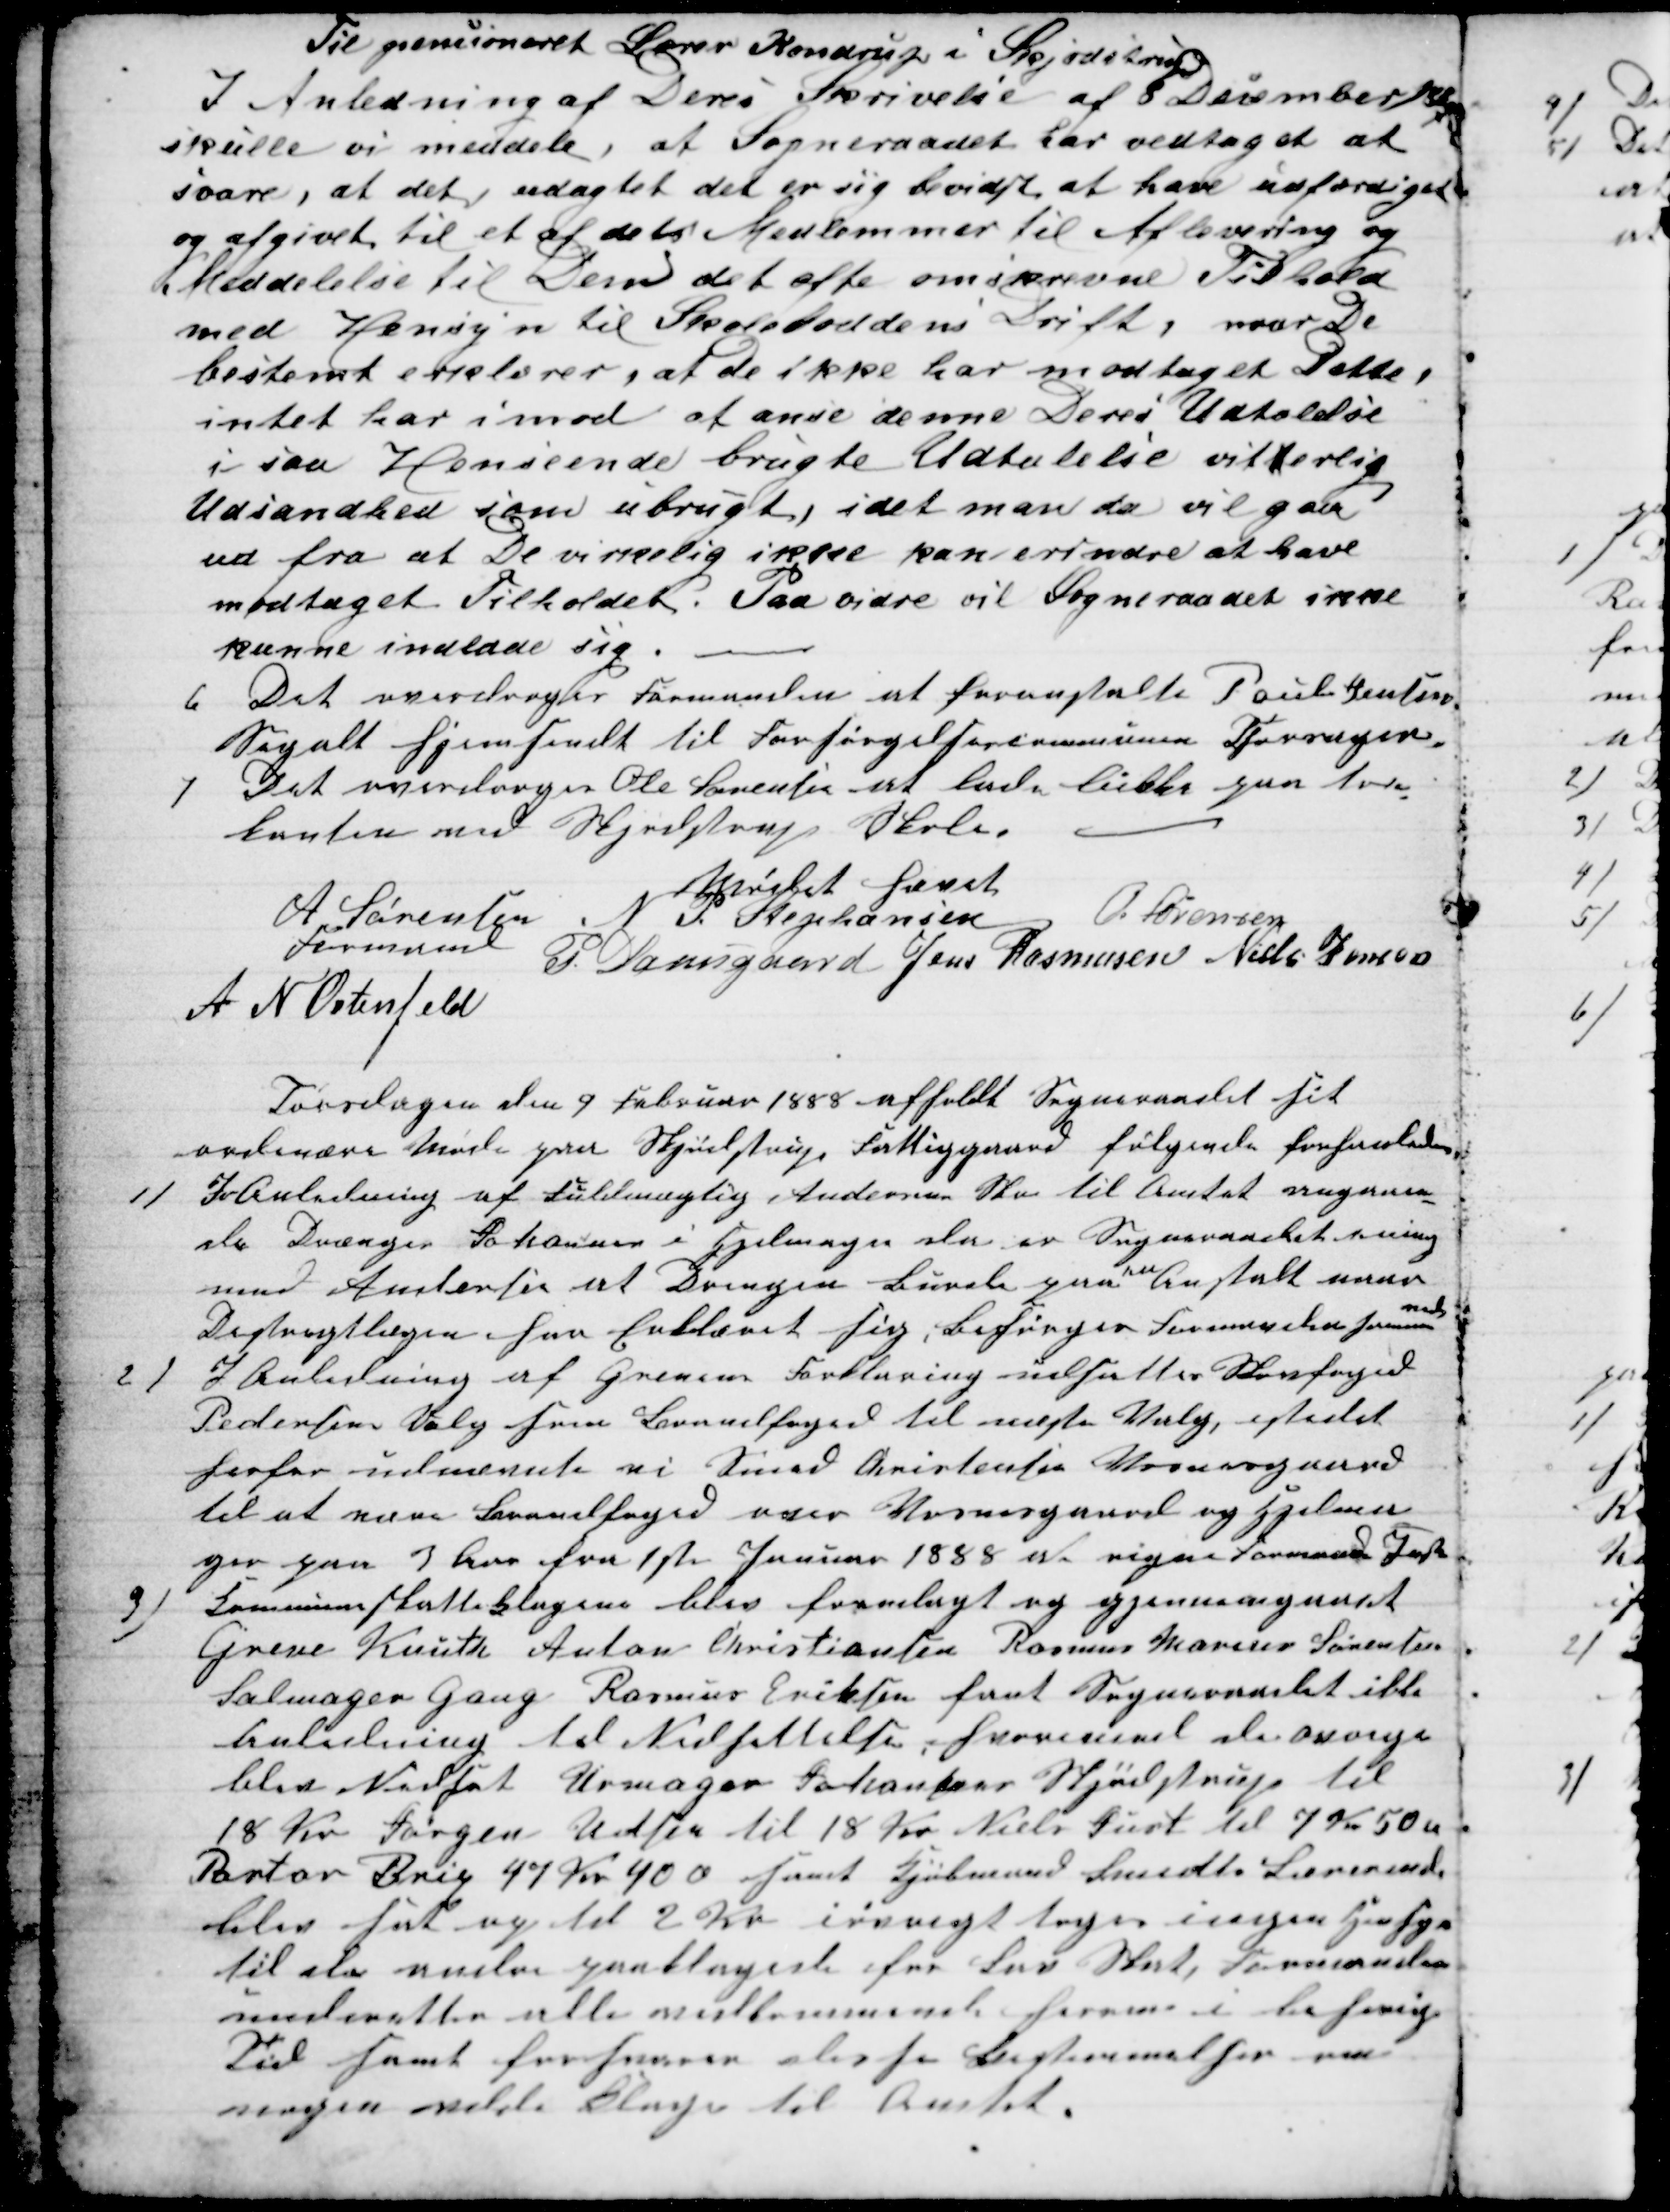
Transskription:
Til pensioneret Lærer Kondrup i Skjødstrup
I Anledning af Deres Skrivelse af 8 December 1887
skulle vi meddele, at Sogneraadet har vedtaget at
svare, at det udagtet det er sig bevidst at have udfærdiget
og afgivet til et af dets Medlemmer til Aflevering og
Meddelelse til Dem det ofte omskrevne Tilhold
med Hensyn til Skoleloddens Drift, naar De
bestemt erklærer, at de ikke har modtaget Dette,
intet har imod at anse denne Deres Udtalelse
i saa Henseende brugte Udtalelse vitterlig
Udsandhed som ubrugt, idet man da vil gaa
ud fra at De virkelig ikke kan erindre at have
modtaget Tilholdet. Paa vidre vil Sogneraadet ikke
kunne indlade sig.
6
Det overdroges Formanden at foranstalte Poul Jensen
Segalt hjemsendt til Forsørgelserkommunen Thorsager.
7 Det overdroges Ole Sørensen at lade lukke paa tre-
kanten ved Skjødstrup Skole.
Mødet hævet
A. Sørensen
Formand
N P. Stephansen
O. Sørensen
P. Damsgaard Jens Rasmusen Niels Jensen
A N Ostensfeld
Torsdagen den 9 Februar 1888 afholdt Sogneraadet sit
ordinære Møde paa Skjødstrup Fattiggaard følgende forhanledes.
1)
I Anledning af Fuldmægtig Andersens Skr til Amtet angaaen-
de Drængen Johannes i Hjelmager der er Sogneraadets ening
med Andersen at Drengen burde paa
en
Anstalt naar
Destrægtlægen har Erklæret sig, Besørges Formanden samme

2)
I Anledning af Grevens Forklaring udsattes Skovfoged
Pedersens Valg som Brandfoged til næste Valg, istedet
herfor udnævnte vi Smed Christensen Vosnesgaard
til at være Brandfoged over Vosnesgaard og Hjelma-
ger paa 3 Aar fra 1ste Januar 1888 at regne Formand Indbe
3)
Kommuneskatteklagere blev fremlagt og gjennemgaaet
Greve Knuth Anton Christiansen Rasmus Marius Sørensen
Salmager Gang Rasmus Eriksen fant Sogneraadet ikke
Anledning til Nedsettelse, hvorimod de øvrige
blev Nedsat Urmager Johansen Skjødstrup til
18 Kr Jørgen Udsen til 18 Kr Niels Just til 7 Kr 50 Ø
Pastor Brix 47 Kr 40 Ø samt Kjøbmand Smidts Lærerinde
blev sat op til 2 Kr iøvrigt toges ingen Hensyn
til de andre paaklagede for Lav Skat, Formanden
underetter alle vedkommende herom i behørig
Tid samt forsvarer derfor Bestemmelser om
nogen vilde Klage til Amtet.